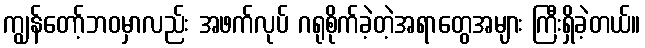
ကျွန်တော့်ဘဝမှာလည်း အဖက်လုပ် ဂရုစိုက်ခဲ့တဲ့အရာတွေအများ ကြီးရှိခဲ့တယ်။